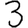
Digit: 3